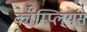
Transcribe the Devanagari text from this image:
कॉम्प्लियंस